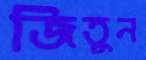
জিতুন